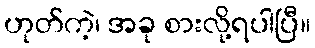
ဟုတ်ကဲ့၊ အခု စားလို့ရပါပြီ။